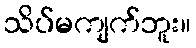
သိပ်မကျက်ဘူး။